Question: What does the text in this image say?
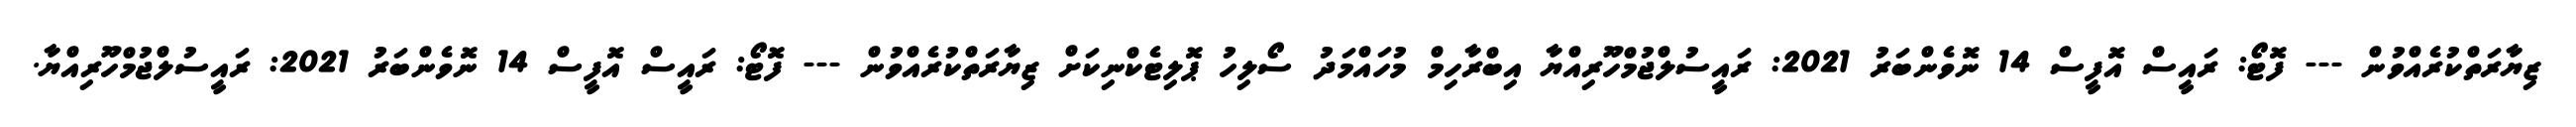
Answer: ޒިޔާރަތްކުރެއްވުން --- ފޮޓޯ: ރައީސް އޮފީސް 14 ނޮވެންބަރު 2021: ރައީސުލްޖުމްހޫރިއްޔާ އިބްރާހިމް މުހައްމަދު ސޯލިހު ޕޮލިޓެކްނިކަށް ޒިޔާރަތްކުރެއްވުން --- ފޮޓޯ: ރައީސް އޮފީސް 14 ނޮވެންބަރު 2021: ރައީސުލްޖުމްހޫރިއްޔާ.